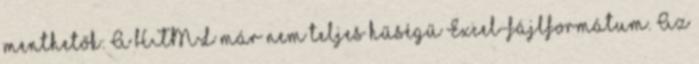
menthetők: A HTML már nem teljes hűségű Excel-fájlformátum. Az